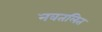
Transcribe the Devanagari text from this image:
नवतलित